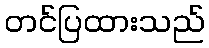
တင်ပြထားသည်